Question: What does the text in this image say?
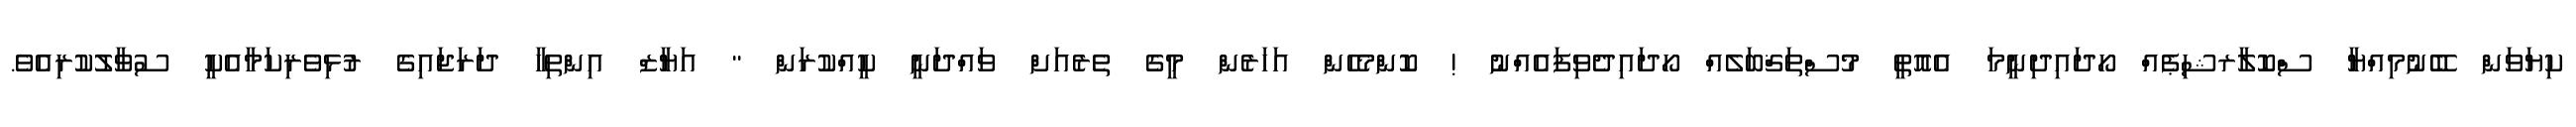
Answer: ކިޔަވަން ބޭނުމިއްޔާ ސްކޮލާރޝިޕެއް ހޯދައިދިނީމަ އެއޮތީ މުސްތަޤްބަލެއް ހޯދައިދެވިފައެއްނު ! ކޮންމެހެން އަހަރެން މީގެ ތެރެއަށް ވައްދަނީ ކީއްކުރަން " އަޔާޒް އިންތިހާ ދަރަޖައިގެ ރުޅިވެރިކަމާއެކީ ސުވާލުކުރިއެވެ.